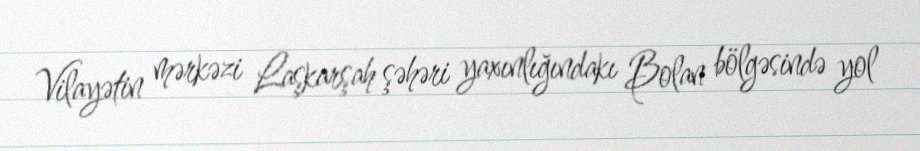
Vilayətin mərkəzi Laşkarşah şəhəri yaxınlığındakı Bolan bölgəsində yol